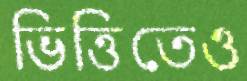
ভিত্তিতেও